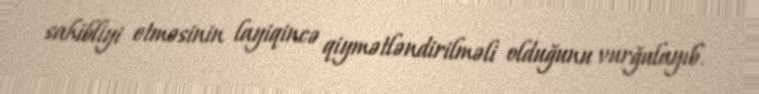
sahibliyi etməsinin layiqincə qiymətləndirilməli olduğunu vurğulayıb.